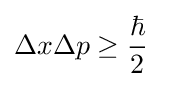
\Delta x\Delta p\geq {\frac {\hbar }{2}}\;